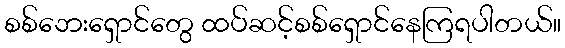
စစ်ဘေးရှောင်တွေ ထပ်ဆင့်စစ်ရှောင်နေကြရပါတယ်။